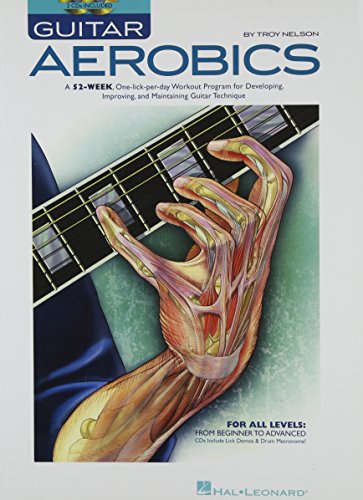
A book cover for Guitar Aerobics: A 52-Week, One-lick-per-day Workout Program for Developing, Improving and Maintaining Guitar Technique; Troy Nelson; Arts & Photography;